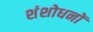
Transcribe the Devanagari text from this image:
शंशोधनों